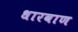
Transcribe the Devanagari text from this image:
धारवाण